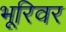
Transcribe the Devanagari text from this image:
भूरिवर